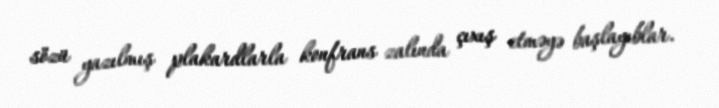
sözü yazılmış plakardlarla konfrans zalında çıxış etməyə başlayıblar.